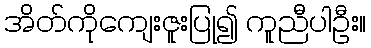
အိတ်ကိုကျေးဇူးပြု၍ ကူညီပါဦး။